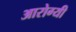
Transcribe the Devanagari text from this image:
आरोग्यी